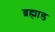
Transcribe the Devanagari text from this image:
ब्रह्माड